DOW-UAP-D49, Launch Summary, Vandenberg AFB, 2000
Agency: Department of War
Incident date: 2/3/00
Page 19
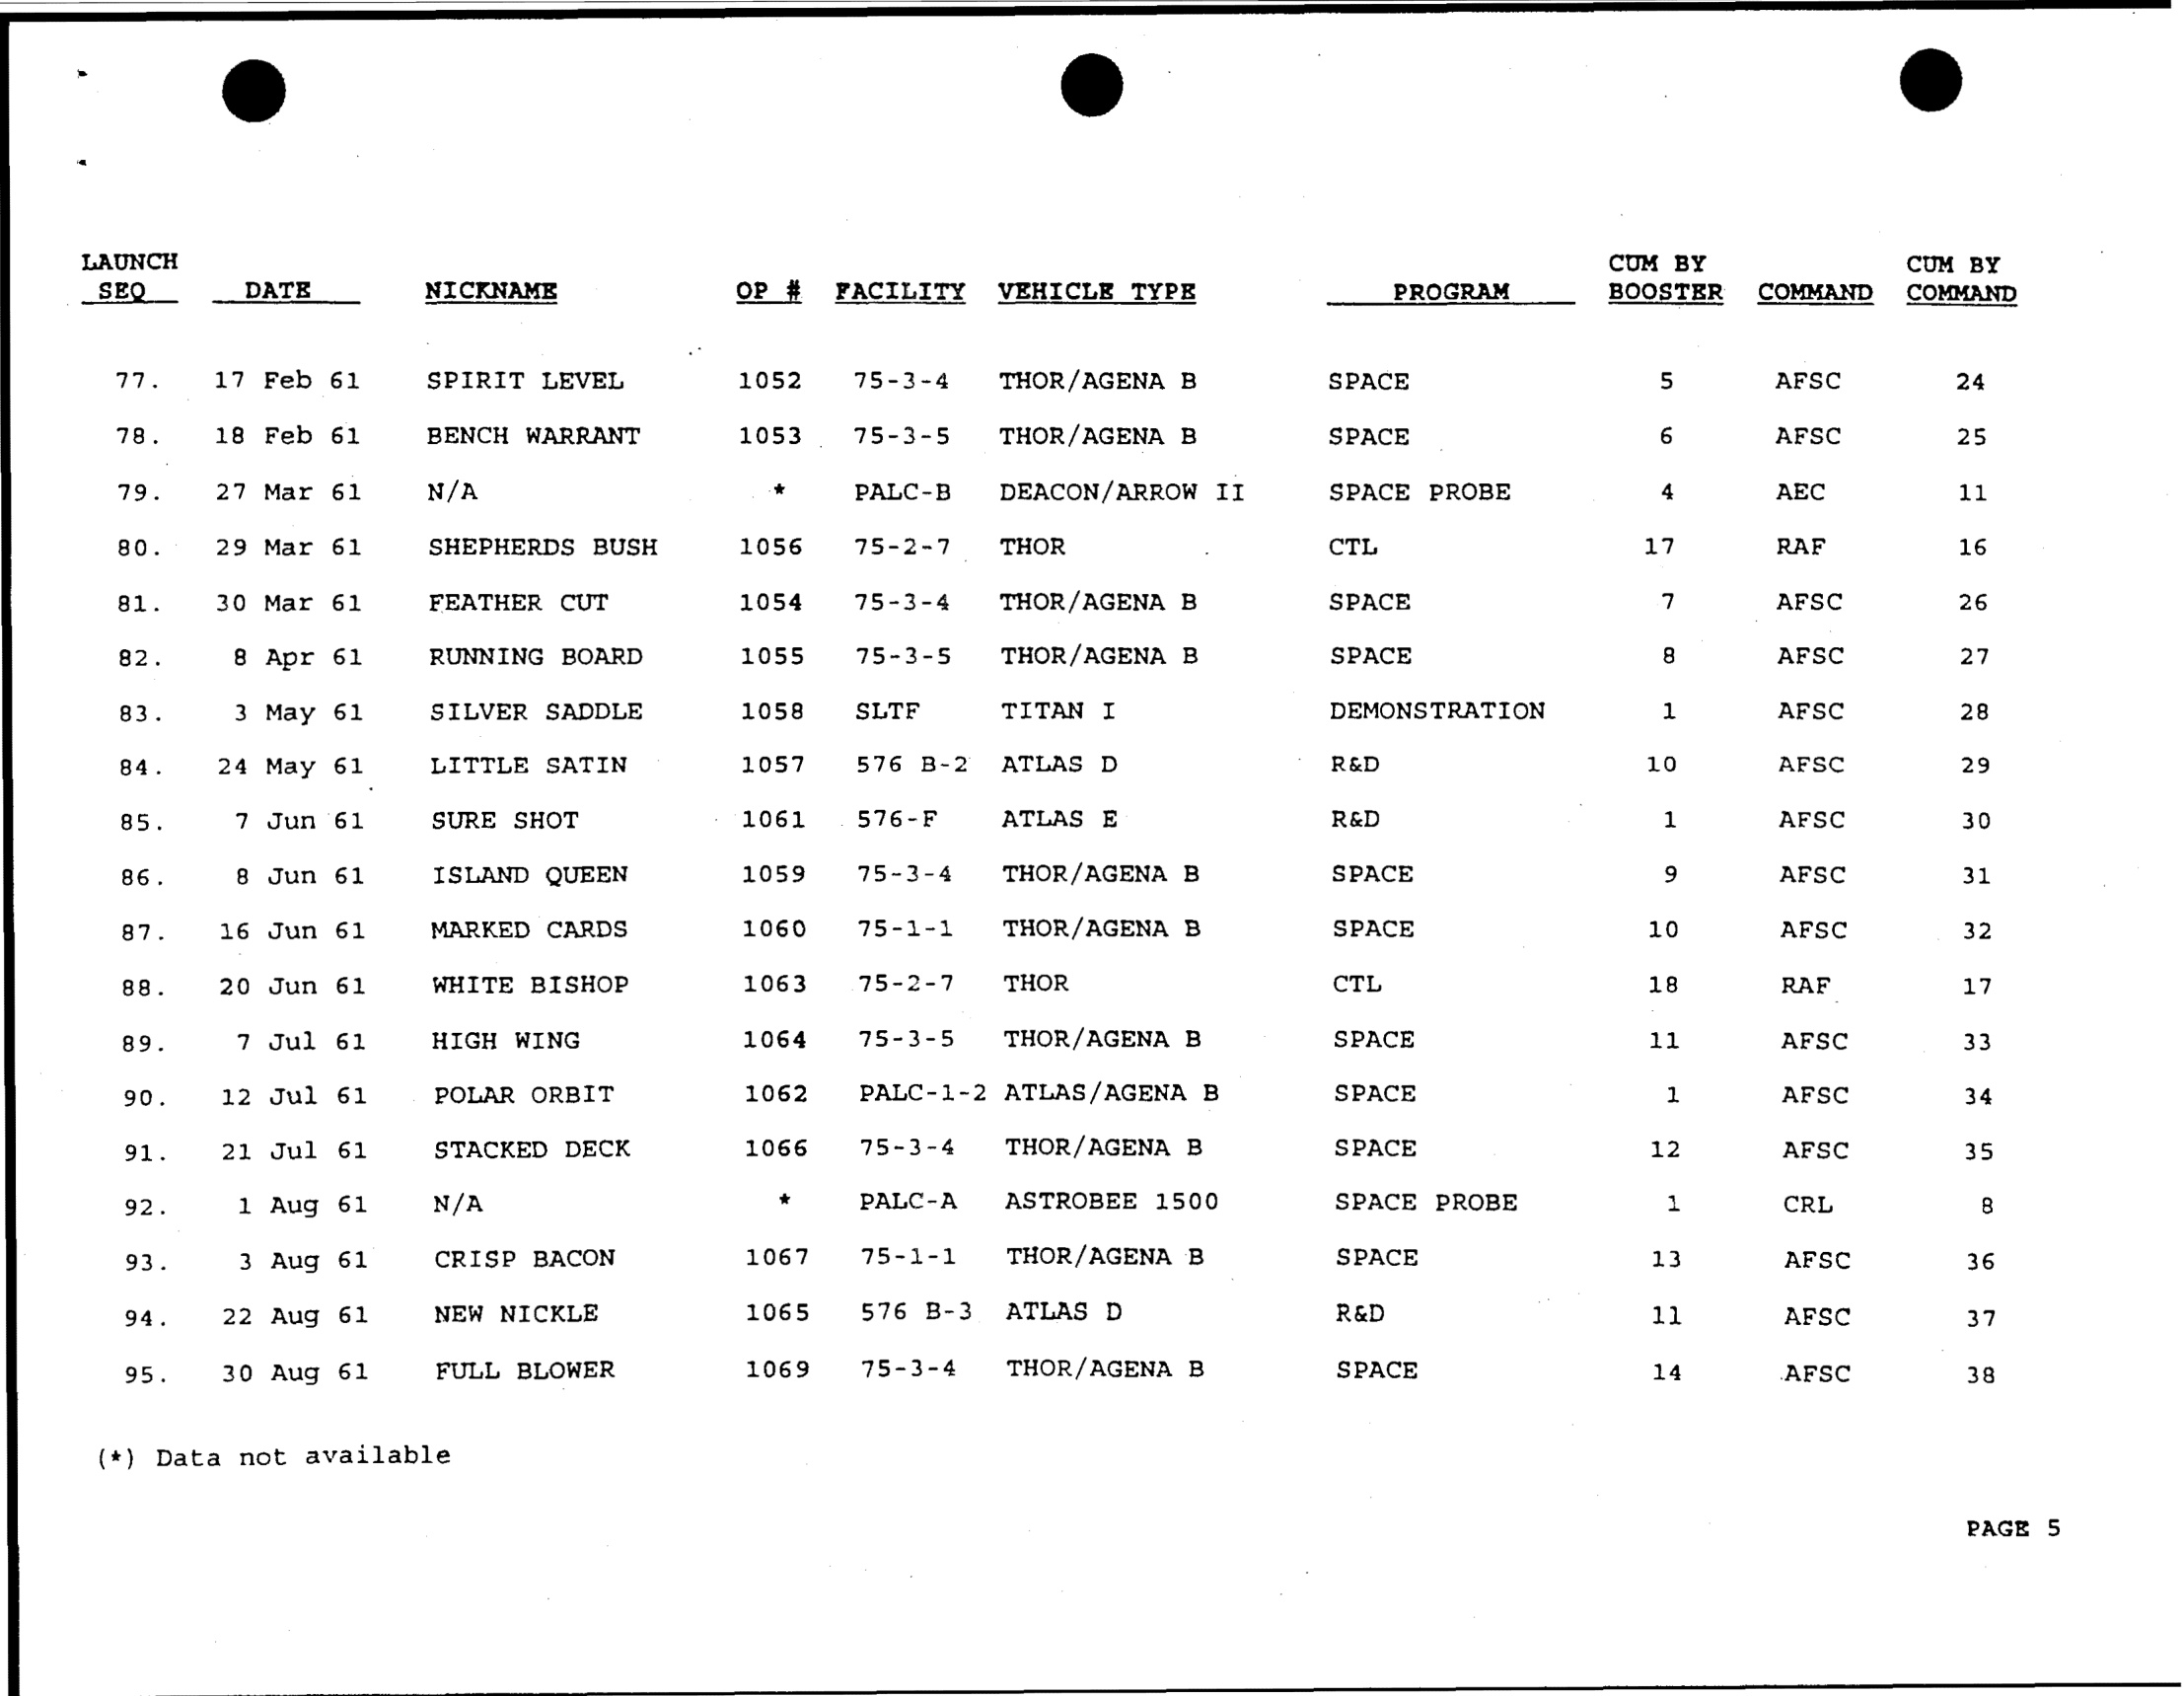